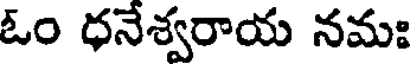
ఓం ధనేశ్వరాయ నమః